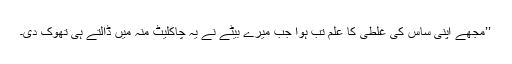
’’مجھے اپنی ساس کی غلطی کا علم تب ہوا جب میرے بیٹے نے یہ چاکلیٹ منہ میں ڈالتے ہی تھوک دی۔